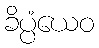
ခိပ္ပံယေဝ